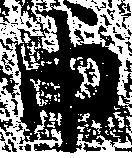
申